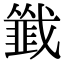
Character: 韱